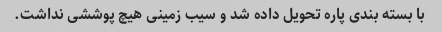
با بسته بندی پاره تحویل داده شد و سیب زمینی هیچ پوششی نداشت.